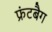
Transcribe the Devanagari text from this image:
फ्रंटबैग